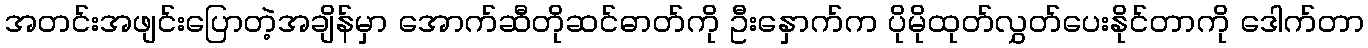
အတင်းအဖျင်းပြောတဲ့အချိန်မှာ အောက်ဆီတိုဆင်ဓာတ်ကို ဦးနှောက်က ပိုမိုထုတ်လွှတ်ပေးနိုင်တာကို ဒေါက်တာ